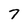
Character: 7